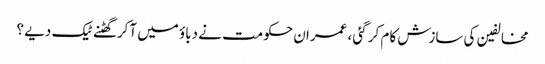
مخالفین کی سازش کام کر گئی ، عمران حکومت نے دباؤ میں آکر گھٹنے ٹیک دیے ؟